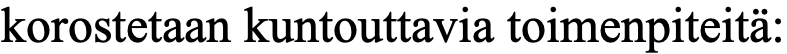
korostetaan kuntouttavia toimenpiteitä: